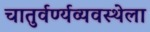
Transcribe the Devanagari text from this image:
चातुर्वर्ण्यव्यवस्थेला